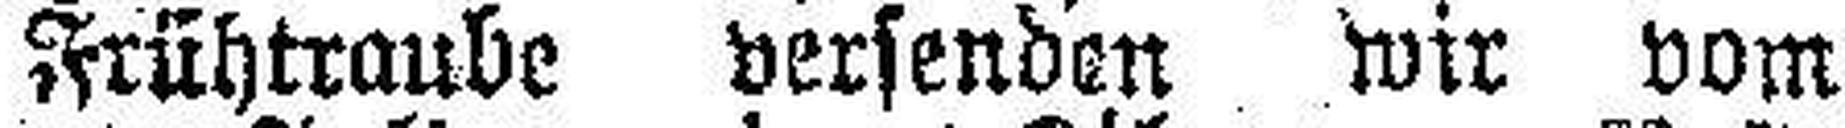
Frühtraube versenden wir vom